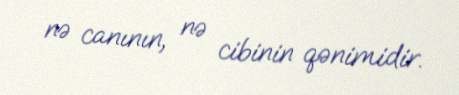
nə canının, nə cibinin qənimidir.